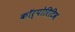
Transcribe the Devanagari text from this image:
कॉर्पोरिटिव